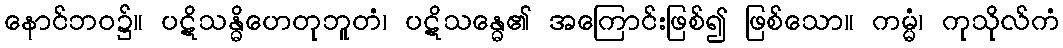
နောင်ဘဝ၌။ ပဋိသန္ဓိဟေတုဘူတံ၊ ပဋိသန္ဓေ၏ အကြောင်းဖြစ်၍ ဖြစ်သော။ ကမ္မံ၊ ကုသိုလ်ကံ